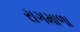
રાગમાળા